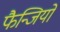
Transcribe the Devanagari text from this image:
फैन्जियो